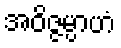
အဝိဇ္ဇမ္ပာဟံ